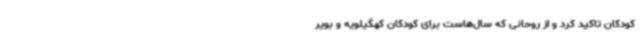
کودکان تاکید کرد و از روحانی که سال‌هاست برای کودکان کهگیلویه و بویر